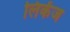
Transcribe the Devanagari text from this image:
लिकेंज